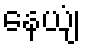
နေယျံ